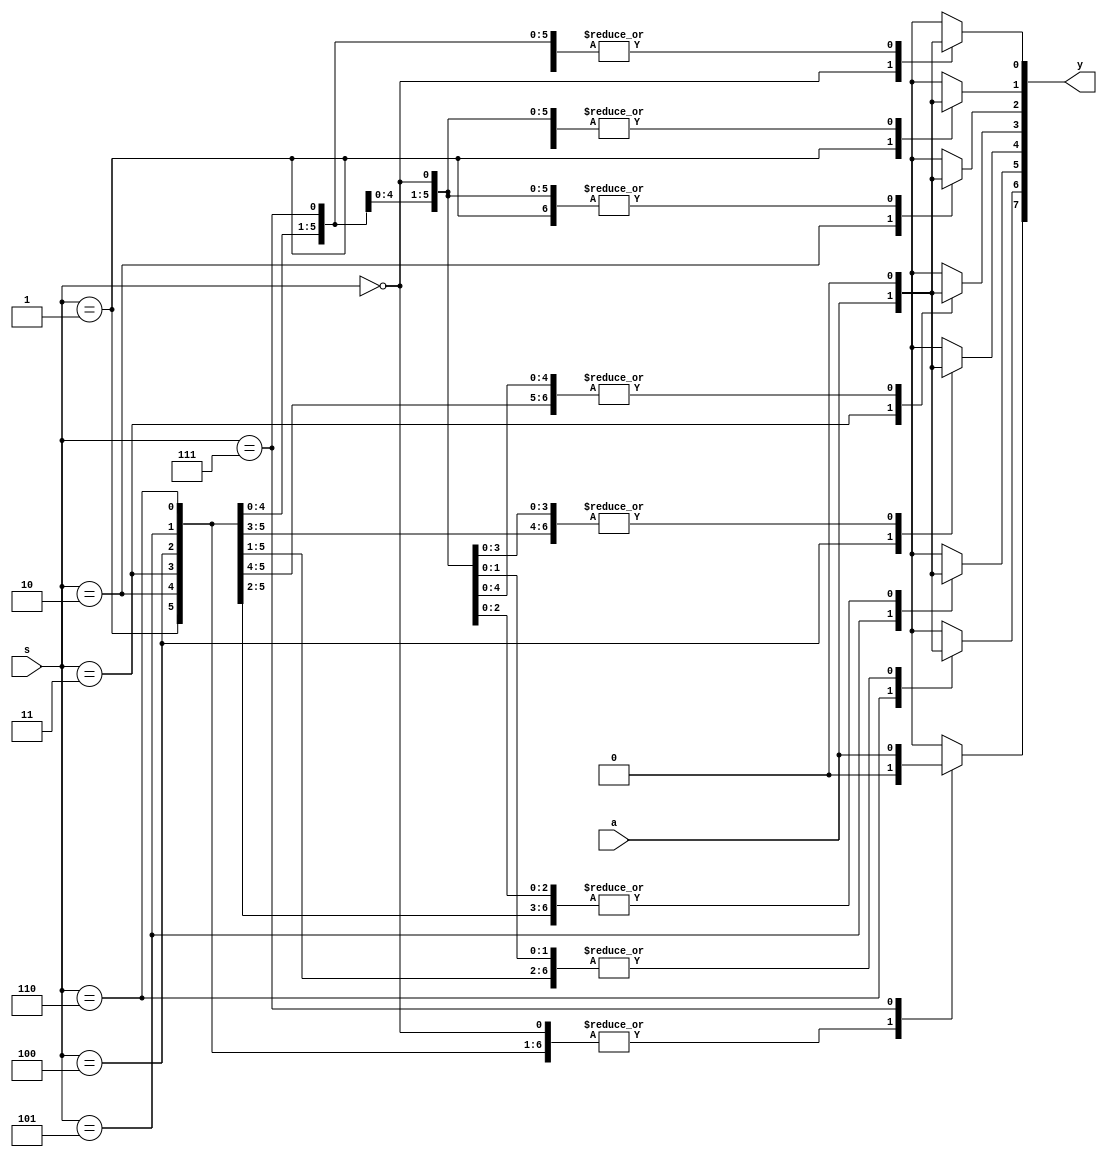
`timescale 1ns / 1ps
 
///////////////////Behavourial level///////////////////////////////////////////////////////////////


module demu_1x8(y,s,a);
output reg [7:0]y;
input [2:0]s;
input a;

always @(*)
begin 
y=0;
case(s)
3'd0: y[0]=a;
3'd1: y[1]=a;
3'd2: y[2]=a;
3'd3: y[3]=a;
3'd4: y[4]=a;
3'd5: y[5]=a;
3'd6: y[6]=a;
3'd7: y[7]=a;
endcase
end
endmodule